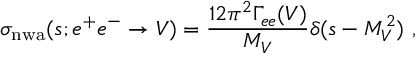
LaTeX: \sigma _ { \mathrm { n w a } } ( s ; e ^ { + } e ^ { - } \to V ) = \frac { 1 2 \pi ^ { 2 } \Gamma _ { e e } ( V ) } { M _ { V } } \delta ( s - M _ { V } ^ { 2 } ) \ ,